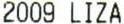
2009 LIZA